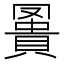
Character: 𧷅